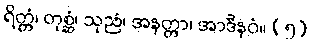
ရိတ္တံ၊ တုစ္ဆံ၊ သုညံ၊ အနတ္တာ၊ အာဒီနဝံ။ (၅)